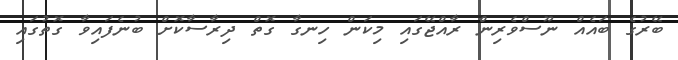
ބޭރުގެ ބައެއް ނޫސްވެރިން ރާއްޖޭގައި މިކަން ހިނގާ ގޮތް ދިރާސާކޮށް ބުނެފައިވާ ގޮޮތުގައި